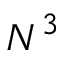
N ^ { 3 }